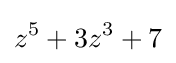
z^{5}+3z^{3}+7